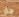
جار